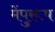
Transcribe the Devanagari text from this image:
मेंपुरूष